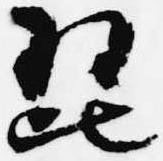
琵